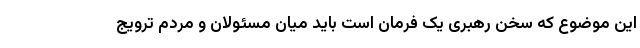
این موضوع که سخن رهبری یک فرمان است باید میان مسئولان و مردم ترویج